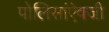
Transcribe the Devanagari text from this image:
पोलिसांऐवजी